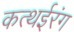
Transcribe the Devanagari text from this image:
कत्थईरंग